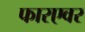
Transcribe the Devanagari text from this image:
फारएवर